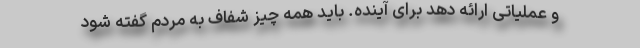
و عملیاتی ارائه دهد برای آینده. باید همه چیز شفاف به مردم گفته شود